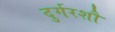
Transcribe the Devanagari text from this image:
दुर्गरशौ